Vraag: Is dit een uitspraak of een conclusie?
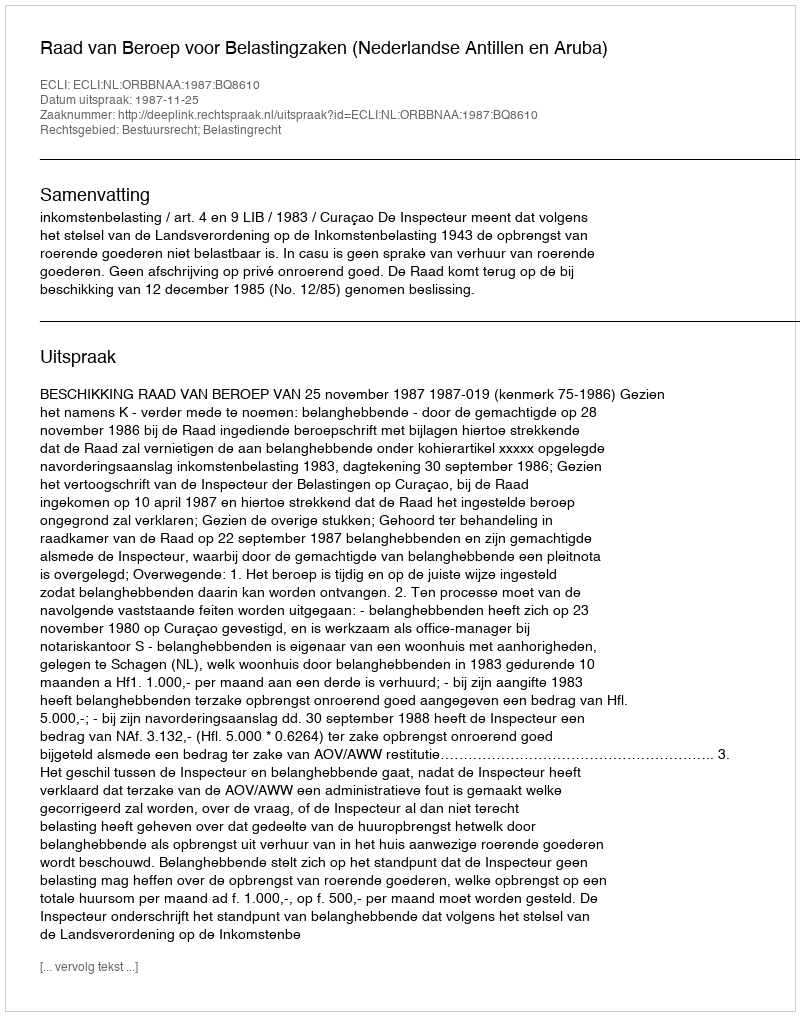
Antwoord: Uitspraak